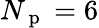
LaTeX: N_{\mathrm{~p~}}=6